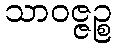
သာဝဇ္ဇဉ္စ